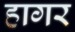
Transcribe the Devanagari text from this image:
हागर